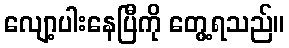
လျော့ပါးနေပြီကို တွေ့ရသည်။